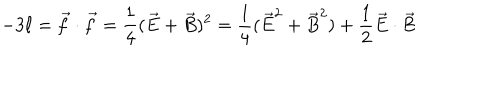
- 3 \ell = \vec { f } \cdot \vec { f } = \frac { 1 } { 4 } ( \vec { E } + \vec { B } ) ^ { 2 } = \frac { 1 } { 4 } ( \vec { E } ^ { 2 } + \vec { B } ^ { 2 } ) + \frac { 1 } { 2 } \vec { E } \cdot \vec { B }